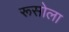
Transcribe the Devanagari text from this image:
रूसोला